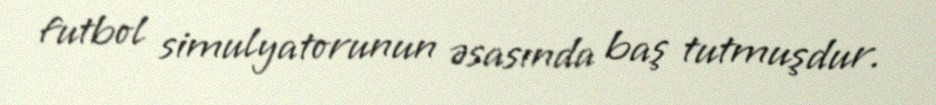
futbol simulyatorunun əsasında baş tutmuşdur.